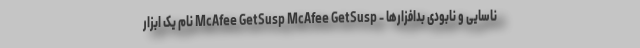
ناسایی و نابودی بدافزارها - McAfee GetSusp McAfee GetSusp نام یک ابزار